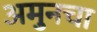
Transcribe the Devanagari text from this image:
अमुनचा